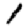
Digit: 1